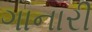
ગાનારી